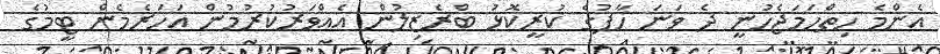
އެންމެ ހިތްހަމަޖެހުނީ ދެ ވަނަ ހާފުގެ ކުރީކޮޅު ބްރެޒިލުން އެއްވަރުކުރުމުން އަހަރެމެން ޓީމުގެ